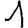
Digit: 1